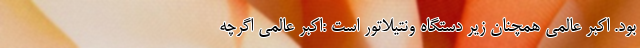
بود. اکبر عالمی همچنان زیر دستگاه ونتیلاتور است :‌اکبر عالمی اگرچه